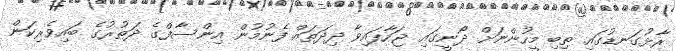
ރާޅުގަނޑުގައި ތިބި މީހުންނަށް ދޯނީގައި ޖަހާފައިވާ ދިދަތައް ފެނުމުން އިންސާފްގެ ދަތުރުގެ ބައިވެރިކަން